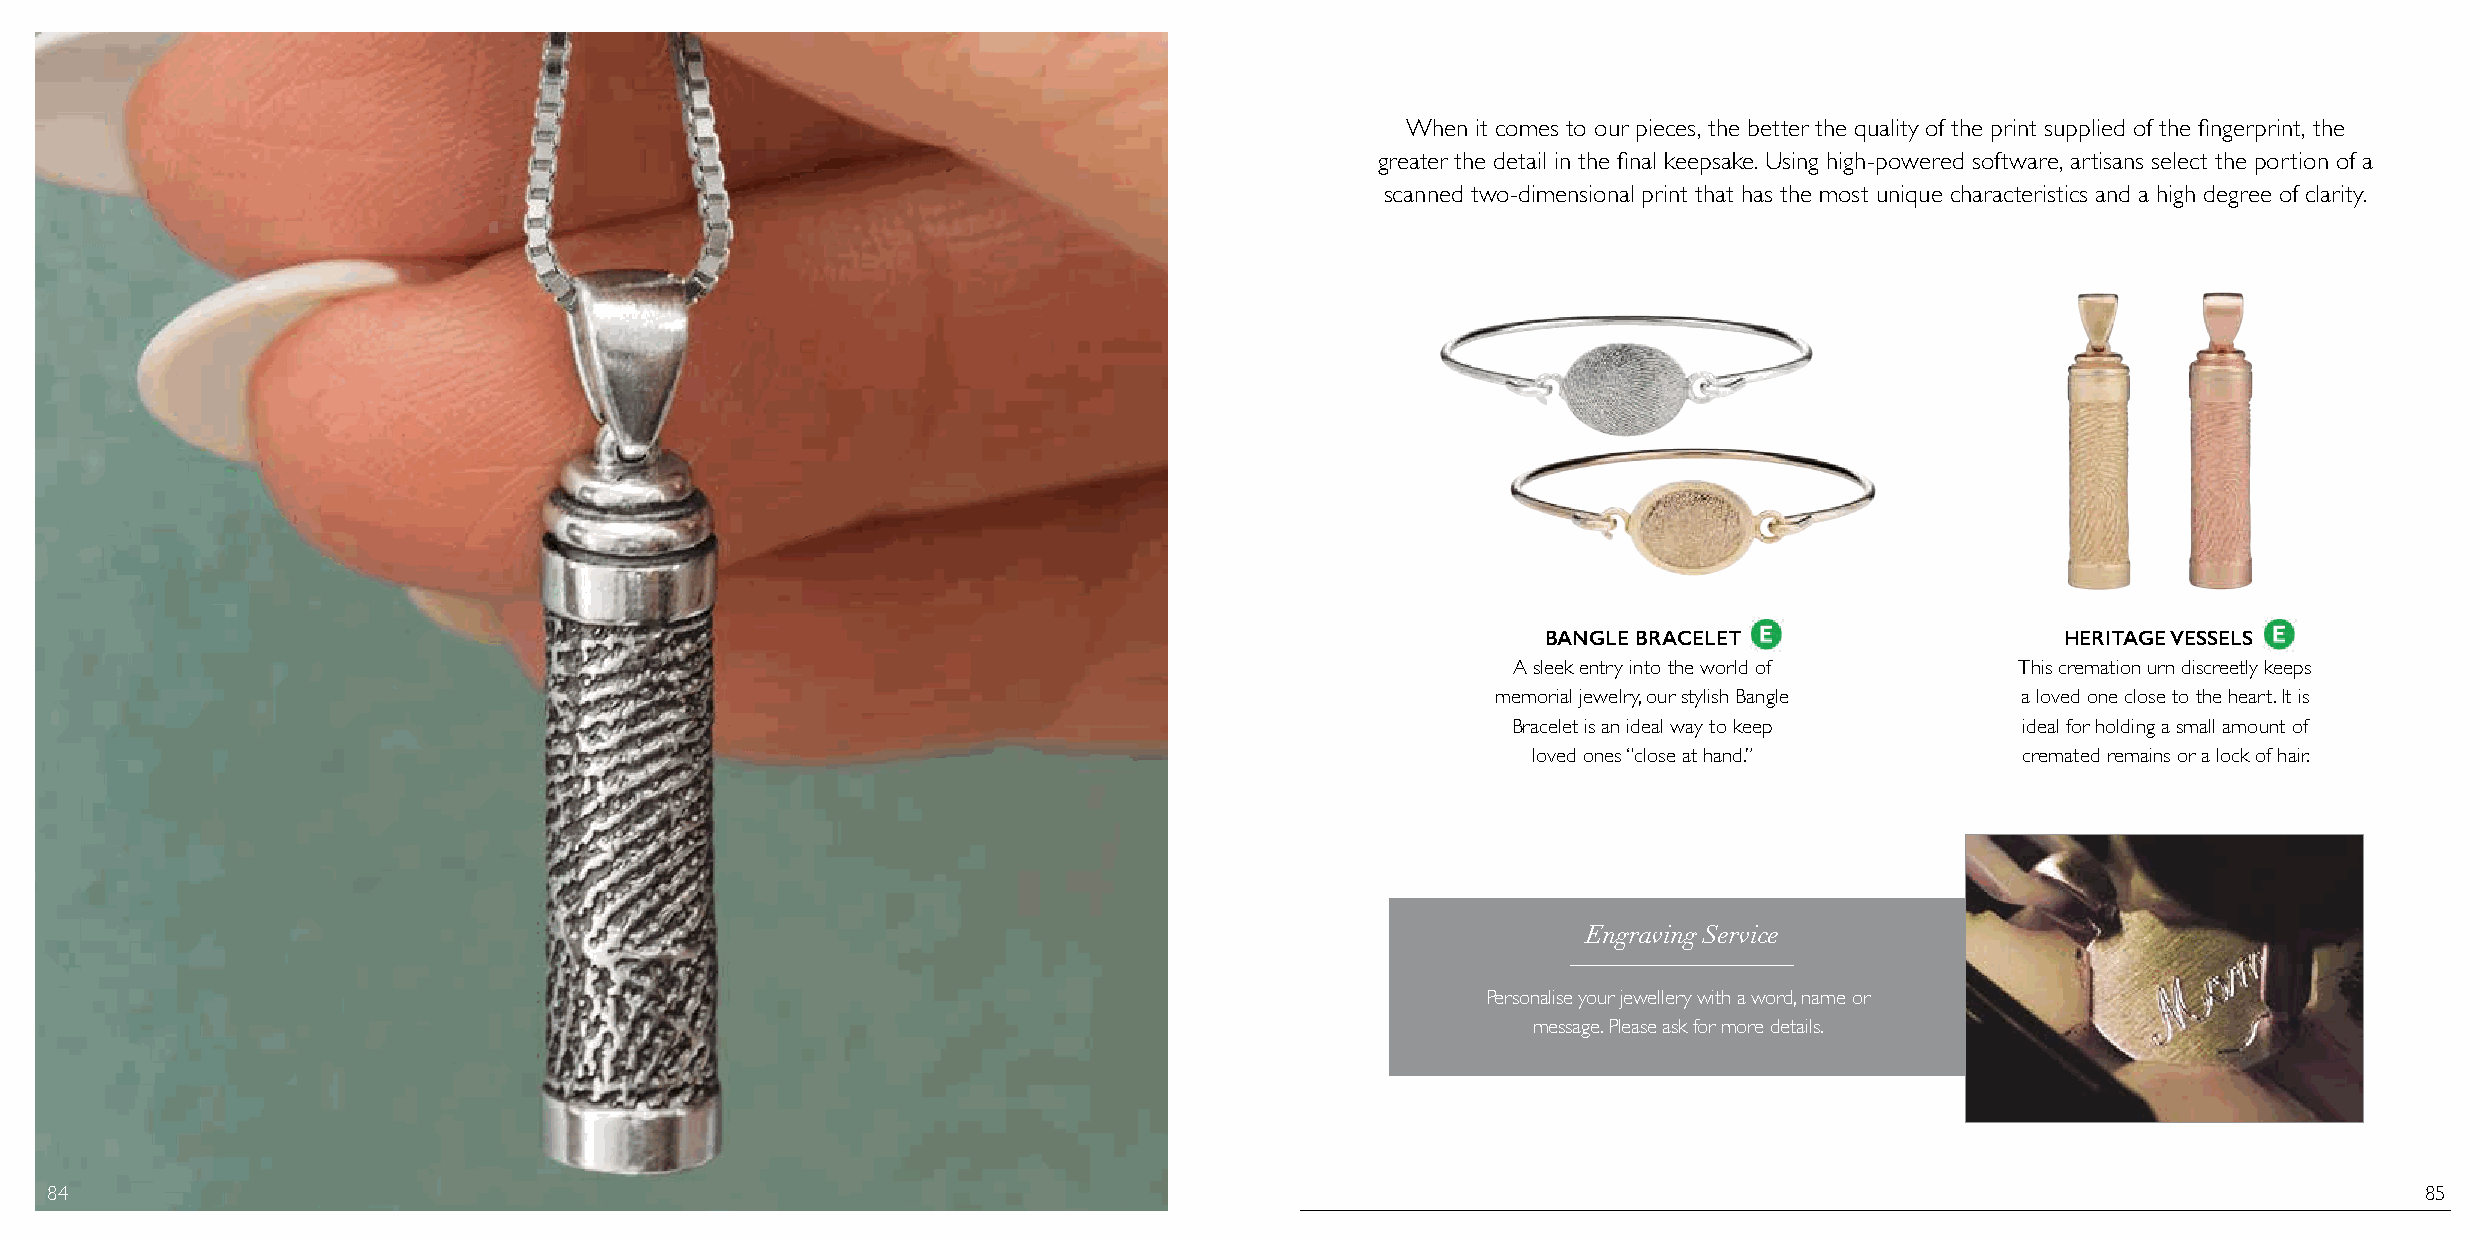
When it comes to our pieces, the better the quality of the print supplied of the fingerprint, the
 greater the detail in the final keepsake. Using high-powered software, artisans select the portion of a
 scanned two-dimensional print that has the most unique characteristics and a high degree of clarity.
 BANGLE BRACELET                    HERITAGE VESSELS
 A sleek entry into the world of   This cremation urn discreetly keeps
 memorial jewelry, our stylish Bangle a loved one close to the heart. It is
 Bracelet is an ideal way to keep  ideal for holding a small amount of
 loved ones “close at hand.”      cremated remains or a lock of hair.
 Engraving Service
 Personalise your jewellery with a word, name or
 message. Please ask for more details.
 84                                                                                                                                                           85